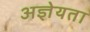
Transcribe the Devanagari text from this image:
अज्ञेयता